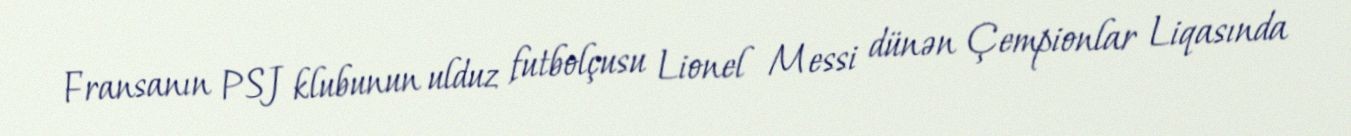
Fransanın PSJ klubunun ulduz futbolçusu Lionel Messi dünən Çempionlar Liqasında